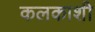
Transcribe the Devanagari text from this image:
कलकाशी